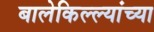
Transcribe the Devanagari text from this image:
बालेकिल्ल्यांच्या